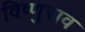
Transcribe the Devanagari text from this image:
विष्णुराव